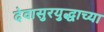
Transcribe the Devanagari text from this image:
देवासुरयुद्धाच्या